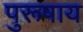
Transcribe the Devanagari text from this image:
पुरूषाय